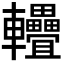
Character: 𨐁